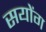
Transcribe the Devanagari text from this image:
सयोंग